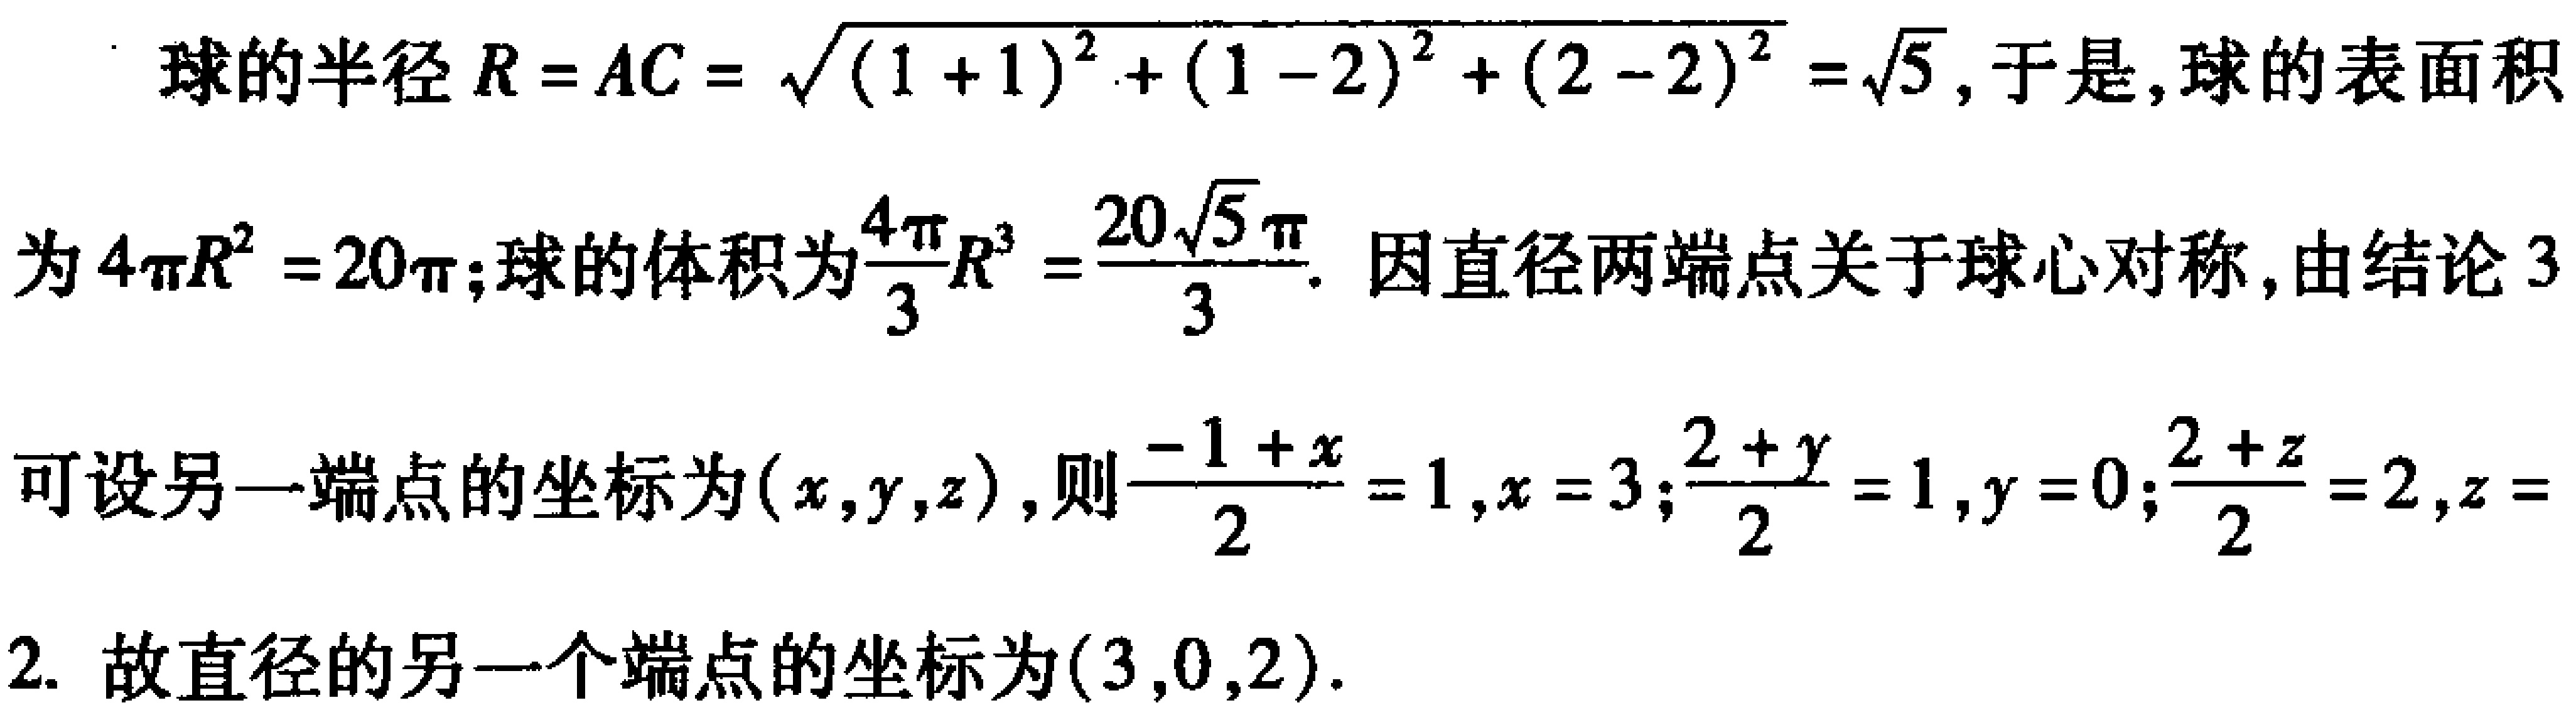
球的半径\(R = AC=\sqrt{(1 + 1)^{2}+(1 - 2)^{2}+(2 - 2)^{2}}=\sqrt{5}\)，于是，球的表面积为\(4\pi R^{2}=20\pi\)；球的体积为\(\frac{4\pi}{3}R^{3}=\frac{20\sqrt{5}\pi}{3}\)。因直径两端点关于球心对称，由结论3可设另一端点的坐标为\((x,y,z)\)，则\(\frac{-1 + x}{2}=1,x = 3\)；\(\frac{2 + y}{2}=1,y = 0\)；\(\frac{2 + z}{2}=2,z = 2\)。故直径的另一个端点的坐标为\((3,0,2)\)。